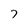
Character: 7